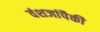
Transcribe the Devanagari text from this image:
वंशजांपैकी